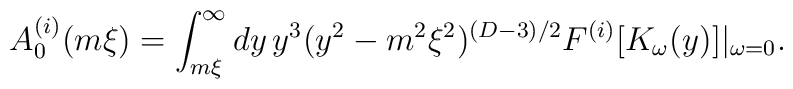
A_{0}^{(i)}(m\xi )=\int _{m\xi }^{\infty }dy\, y^3(y^2-m^2\xi^2)^{(D-3)/2} F^{(i)}[K_{\omega }(y)]|_{\omega =0} .